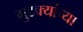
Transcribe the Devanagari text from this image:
गुटक्यांच्या